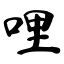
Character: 哩